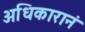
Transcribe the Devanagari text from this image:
अधिकारानं